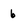
Character: 6